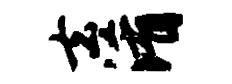
去淆